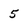
Character: 5